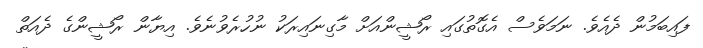
ފައިބަމުން ދެއެވެ. ނަމަވެސް އެގޮތުގައި ރޯޝީންއަށް މާގިނައިރަކު ނުހުރެވުނެވެ. އިޔާން ރޯޝީންގެ ދެއަތް